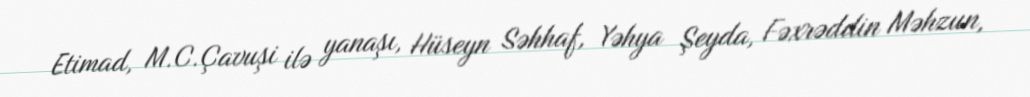
Etimad, M.C.Çavuşi ilə yanaşı, Hüseyn Səhhaf, Yəhya Şeyda, Fəxrəddin Məhzun,